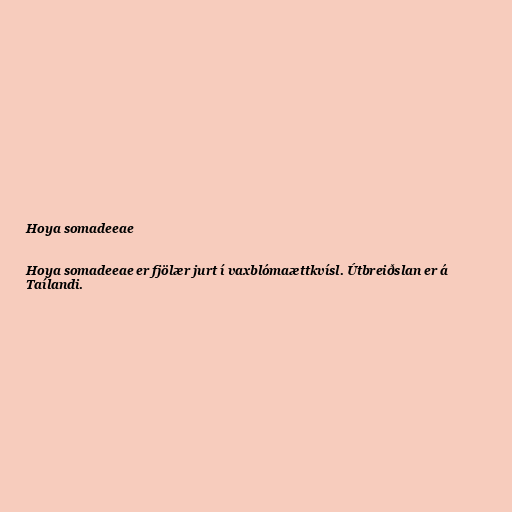
Hoya somadeeae

Hoya somadeeae er fjölær jurt í vaxblómaættkvísl. Útbreiðslan er á
Taílandi.